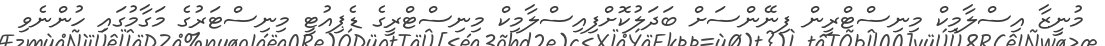
މުނީޒާ އިސްލާމިކް މިނިސްޓްރީން ފިނޭންސަށް ބަދަލުކޮށްފިއިސްލާމިކް މިނިސްޓްރީގެ ޑެޕިއުޓީ މިނިސްޓަރުގެ މަގާމުގައި ހުންނެވި